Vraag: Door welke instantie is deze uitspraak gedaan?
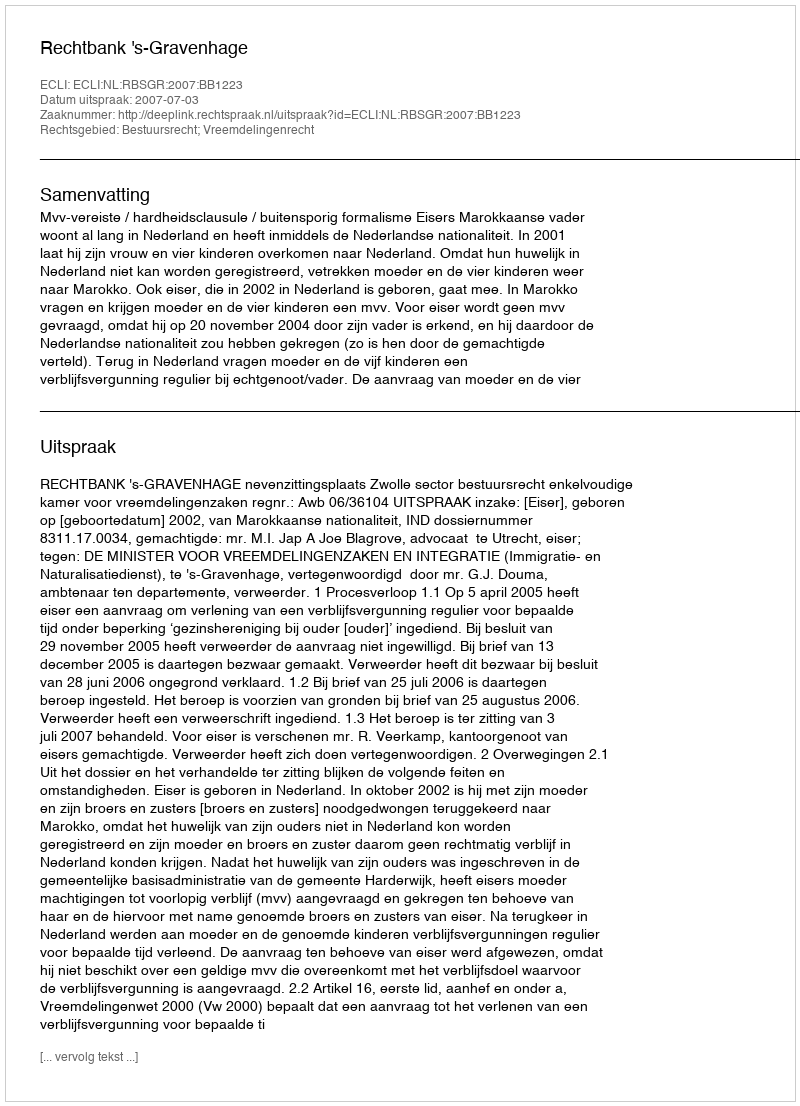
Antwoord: Rechtbank 's-Gravenhage